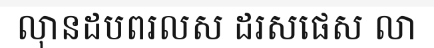
លុានដបពរលស ដរសផេស លា